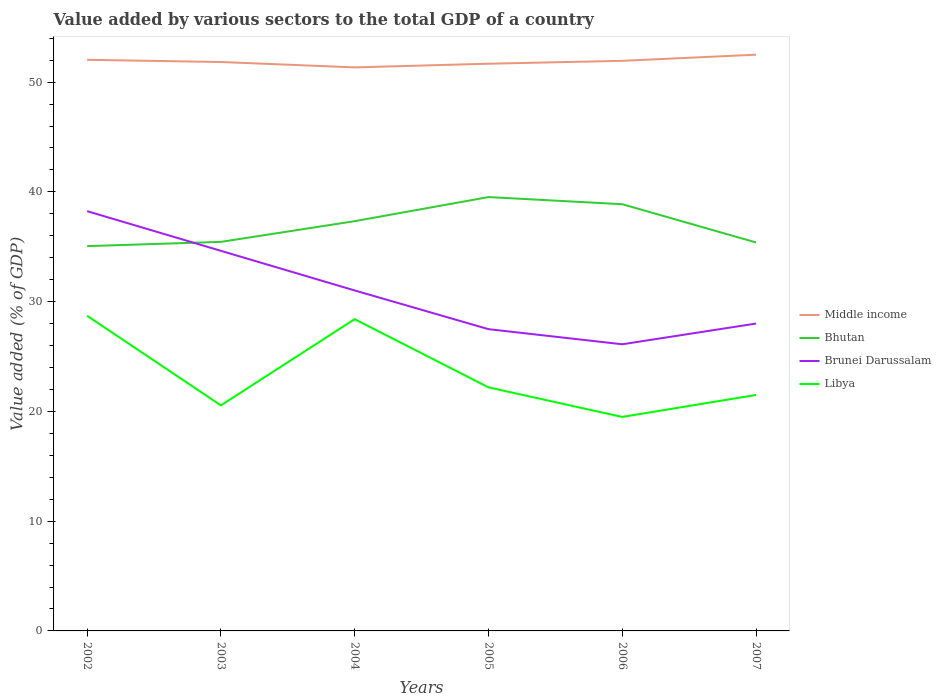
| Years | Middle income | Bhutan | Brunei Darussalam | Libya |
 | --- | --- | --- | --- | --- |
 | 2002 | 52 | 35.1 | 38.2 | 28.7 |
 | 2003 | 51.8 | 35.4 | 34.6 | 20.6 |
 | 2004 | 51.3 | 37.3 | 31 | 28.4 |
 | 2005 | 51.7 | 39.5 | 27.5 | 22.2 |
 | 2006 | 51.9 | 38.9 | 26.1 | 19.5 |
 | 2007 | 52.5 | 35.4 | 28 | 21.5 |